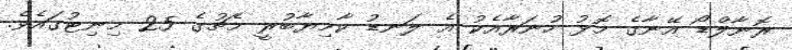
ރޮނާލްޑޯ އޭނާގެ މޮޅު ހުނަރާއެކު އެ ލަނޑު ކާމިޔާބުުރީ މެޗުގެ 25 މިނިޓުގައެވެ.